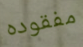
مفقوده